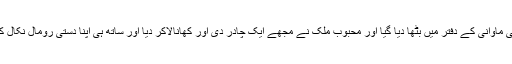
مجھے وہاں ایک افسر پی آئی ماوانی کے دفتر میں بٹھا دیا گیا اور محبوب ملک نے مجھے ایک چادر دی اور کھانالاکر دیا اور ساتھ ہی اپنا دستی رومال نکال کر میری آنکھوںپر باندھ دیا۔